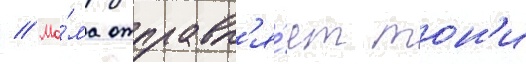
// Ма́ма отправл'я́ет тон'и